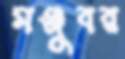
মঞ্জুবর